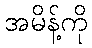
အမိန့်ကို